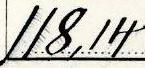
118,14